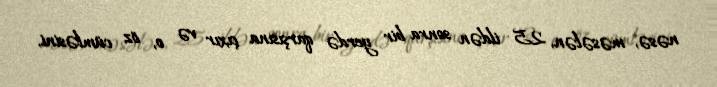
nəsə, məsələn, 25 ildən sonra bir yerdə qarşısına çıxır və o, öz cümləsini,